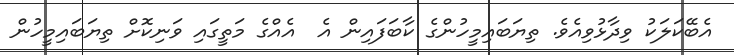
އެބޭކަލަކު ވިދާޅުވިއެވެ. ތިޔަބައިމީހުންގެ ކާބަފައިން އެ  އެއްގެ މަތީގައި ވަނިކޮށް ތިޔަބައިމީހުން